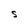
Character: S